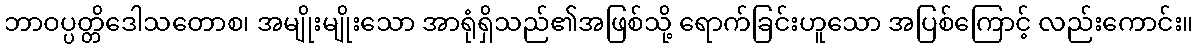
ဘာဝပ္ပတ္တိဒေါသတောစ၊ အမျိုးမျိုးသော အာရုံရှိသည်၏အဖြစ်သို့ ရောက်ခြင်းဟူသော အပြစ်ကြောင့် လည်းကောင်း။